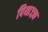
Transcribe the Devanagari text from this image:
पियाज्ज़ा